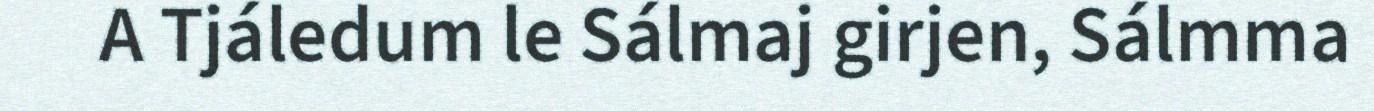
A Tjáledum le Sálmaj girjen, Sálmma